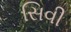
સિવી